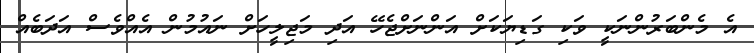
އެ މެންބަރުންނަކީ ވަކި ގަޑިޔަކަށް އަންނަށްޖެހޭ އަދި މަޖިލީހަށް ނައުމުން އެއްވެސް އަދަބެއް